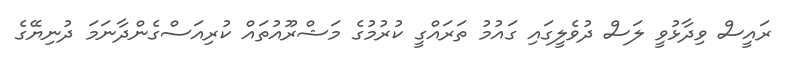
ރައީސް ވިދާޅުވީ ލަސް ދުވެލީގައި ގައުމު ތަރައްގީ ކުރުމުގެ މަޝްރޫއުތައް ކުރިއަސްގެންދާނަމަ ދުނިޔޭގެ